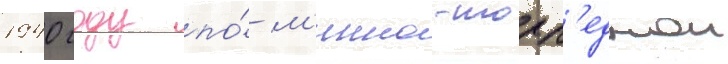
1940 году по́ м'инно-торп'еднои